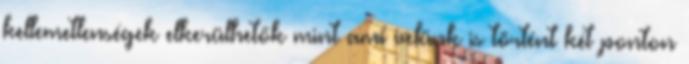
kellemetlenségek elkerülhetők mint ami velünk is történt két ponton